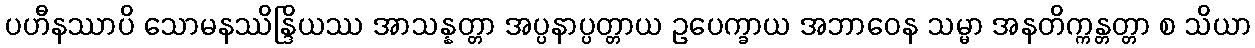
ပဟီနဿာပိ သောမနဿိန္ဒြိယဿ အာသန္နတ္တာ အပ္ပနာပ္ပတ္တာယ ဥပေက္ခာယ အဘာဝေန သမ္မာ အနတိက္ကန္တတ္တာ စ သိယာ